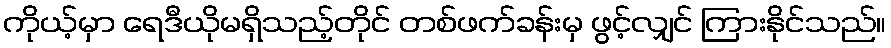
ကိုယ့်မှာ ရေဒီယိုမရှိသည့်တိုင် တစ်ဖက်ခန်းမှ ဖွင့်လျှင် ကြားနိုင်သည်။